Annual administration report of the Civil Veterinary Department of India - 1899-1900
Year: 1899
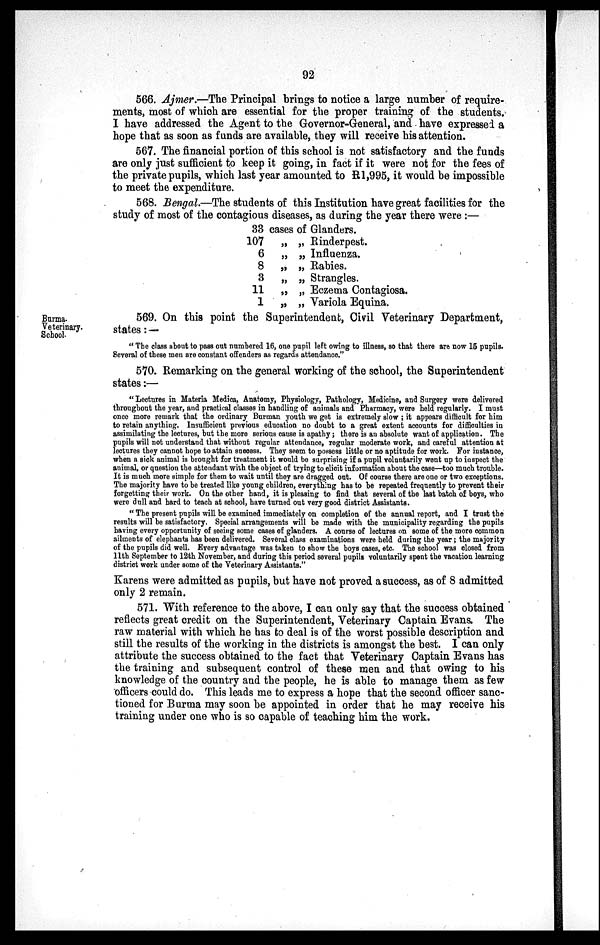
92
566. Ajmer.—The Principal brings to notice a large number of require-
ments, most of which are essential for the proper training of the students.
I have addressed the Agent to the Governor-General, and have expressed a
hope that as soon as funds are available, they will receive his attention.
567. The financial portion of this school is not satisfactory and the funds
are only just sufficient to keep it going, in fact if it were not for the fees of
the private pupils, which last year amounted to Rl,995, it would be impossible
to meet the expenditure.
568. Bengal.—The students of this Institution have great facilities for the
study of most of the contagious diseases, as during the year there were:—
33
107
6
8
3
11
1
cases of Glanders.
„
„Rinderpest.
„
„Influenza.
„ „Rabies.
„ „Strangles.
„ „Eczema
Contagiosa.
„ „Variola
Equina.
Burma.
Veterinary.
School.
569. On this point the Superintendent, Civil Veterinary Department,
states:—
"The class about to pass out numbered 16, one pupil left owing to illness, so that there are now 15 pupils.
Several of these men are constant offenders as regards attendance."
570. Remarking on the general working of the school, the Superintendent
states:—
"Lectures in Materia Medica, Anatomy, Physiology, Pathology, Medicine, and Surgery were delivered
throughout the year, and practical classes in handling of animals and Pharmacy, were held regularly. I must
once more remark that the ordinary Burman youth we get is extremely slow; it appears difficult for him
to retain anything. Insufficient previous education no doubt to a great extent accounts for difficulties in
assimilating the lectures, but the more serious cause is apathy; there is an absolute want of application. The
pupils will not understand that without regular attendance, regular moderate work, and careful attention at
lectures they cannot hope to attain success. They seem to possess little or no aptitude for work. For instance,
when a sick animal is brought for treatment it would be surprising if a pupil voluntarily went up to inspect the
animal, or question the attendant with the object of trying to elicit information about the case—too much trouble.
It is much more simple for them to wait until they are dragged out. Of course there are one or two exceptions.
The majority have to be treated like young children, everything has to be repeated frequently to prevent their
forgetting their work. On the other hand, it is pleasing to find that several of the last batch of boys, who
were dull and hard to teach at school, have turned out very good district Assistants.
"The present pupils will be examined immediately on completion of the annual report, and I trust the
results will be satisfactory. Special arrangements will be made with the municipality regarding the pupils
having every opportunity of seeing some cases of glanders. A course of lectures on some of the more common
ailments of elephants has been delivered. Several class examinations were held during the year; the majority
of the pupils did well. Every advantage was taken to show the boys cases, etc. The school was closed from
11th September to 12th November, and during this period several pupils voluntarily spent the vacation learning
district work under some of the Veterinary Assistants."
Karens were admitted as pupils, but have not proved a success, as of 8 admitted
only 2 remain.
571. With reference to the above, I can only say that the success obtained
reflects great credit on the Superintendent, Veterinary Captain Evans. The
raw material with which he has to deal is of the worst possible description and
still the results of the working in the districts is amongst the best. 1 can only
attribute the success obtained to the fact that Veterinary Captain Evans has
the training and subsequent control of these men and that owing to his
knowledge of the country and the people, he is able to manage them as few
officers could do. This leads me to express a hope that the second officer sanc-
tioned for Burma may soon be appointed in order that he may receive his
training under one who is so capable of teaching him the work.